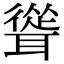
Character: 聳